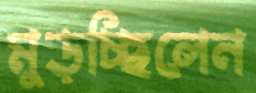
মুড়চ্ছিলেন